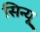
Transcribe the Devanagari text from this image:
सिन्यू